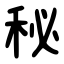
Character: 秘